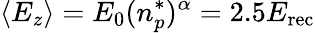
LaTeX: \langle E_{z}\rangle=E_{0}(n_{p}^{*})^{\alpha}=2.5E_{\mathrm{rec}}